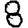
Digit: 8